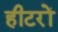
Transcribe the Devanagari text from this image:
हीटरों